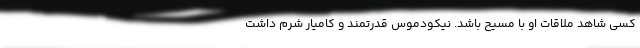
کسی شاهد ملاقات او با مسیح باشد. نیکودموسِ قدرتمند و کامیار شرم داشت